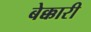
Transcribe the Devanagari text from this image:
बेक्कारी